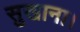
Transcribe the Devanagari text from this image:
सुखाना।